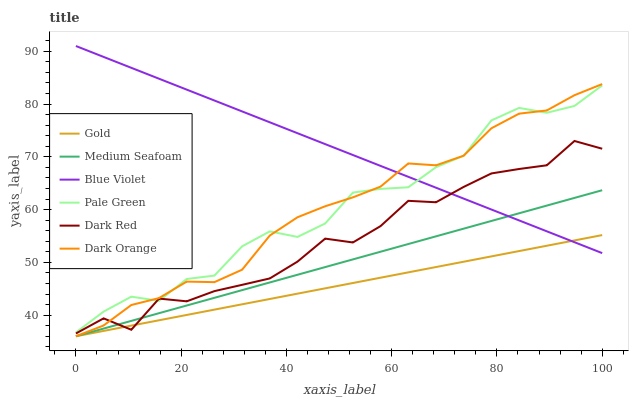
| xaxis_label | Gold | Medium Seafoam | Blue Violet | Pale Green | Dark Red | Dark Orange |
 | --- | --- | --- | --- | --- | --- | --- |
 | 0 | 36 | 36 | 91 | 36.7 | 36.5 | 36 |
 | 5.26 | 37 | 37.5 | 88.9 | 40.7 | 39.4 | 38 |
 | 10.5 | 38 | 38.9 | 86.9 | 43.5 | 37.2 | 41.9 |
 | 15.8 | 39 | 40.4 | 84.8 | 42.7 | 43.1 | 43.2 |
 | 21.1 | 40 | 41.8 | 82.7 | 46.9 | 42.6 | 46.4 |
 | 26.3 | 41 | 43.3 | 80.7 | 47.5 | 44.6 | 46.3 |
 | 31.6 | 42.1 | 44.7 | 78.6 | 53 | 45.7 | 48.6 |
 | 36.8 | 43.1 | 46.2 | 76.5 | 55.9 | 47 | 55.1 |
 | 42.1 | 44.1 | 47.7 | 74.5 | 54.8 | 50.1 | 58.6 |
 | 47.4 | 45.1 | 49.1 | 72.4 | 57.4 | 54.5 | 60.6 |
 | 52.6 | 46.1 | 50.6 | 70.3 | 63.2 | 53.8 | 62.3 |
 | 57.9 | 47.1 | 52 | 68.3 | 63.9 | 56.9 | 64.4 |
 | 63.2 | 48.1 | 53.5 | 66.2 | 64.2 | 61.7 | 68.7 |
 | 68.4 | 49.1 | 54.9 | 64.1 | 68 | 61.4 | 68.4 |
 | 73.7 | 50.1 | 56.4 | 62.1 | 70.2 | 64.3 | 70.2 |
 | 78.9 | 51.1 | 57.8 | 60 | 76.9 | 66.9 | 75.4 |
 | 84.2 | 52.1 | 59.3 | 58 | 79.3 | 67.7 | 78.2 |
 | 89.5 | 53.2 | 60.8 | 55.9 | 78.4 | 68.4 | 78.8 |
 | 94.7 | 54.2 | 62.2 | 53.8 | 79.6 | 73 | 81.7 |
 | 100 | 55.2 | 63.7 | 51.8 | 83.5 | 71.5 | 83.8 |